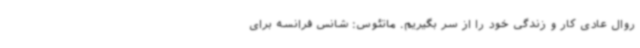
روال عادی کار و زندگی خود را از سر بگیریم. ماتئوس: شانس فرانسه برای